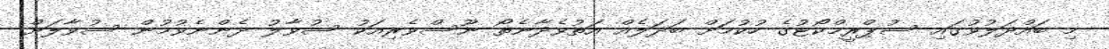
މި ބައްދަލުވުގައި ސުޕްރީމްކޯޓުގެ ހުކުމަށް ބަދަލެއް އަތުވެދާނެތޯ ނޫސްވެރިއަކު ސުވާލު ދެންނެވުމުން ސުވާލަށް